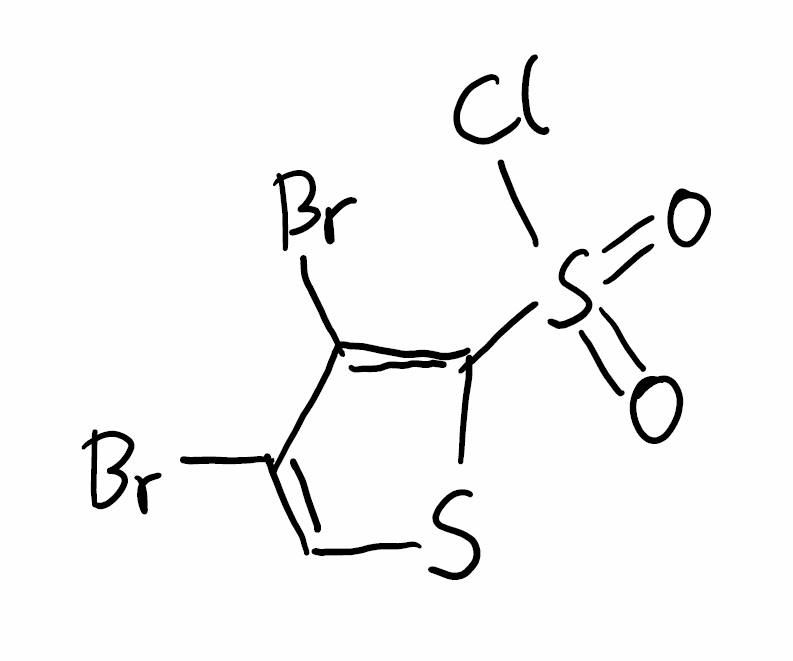
Simplified molecular-input line-entry system (SMILES) notation of the given molecule:
C1=C(C(=C(S1)S(=O)(=O)Cl)Br)Br